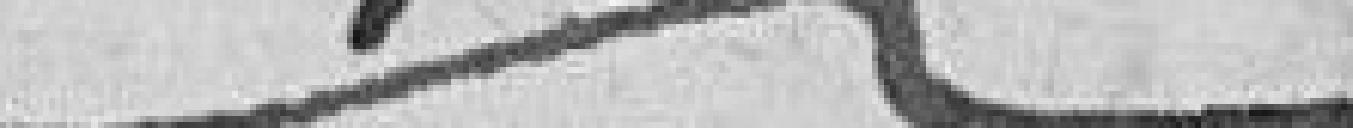
??